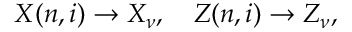
X ( n , i ) \to X _ { \nu } , ~ ~ ~ Z ( n , i ) \to Z _ { \nu } ,